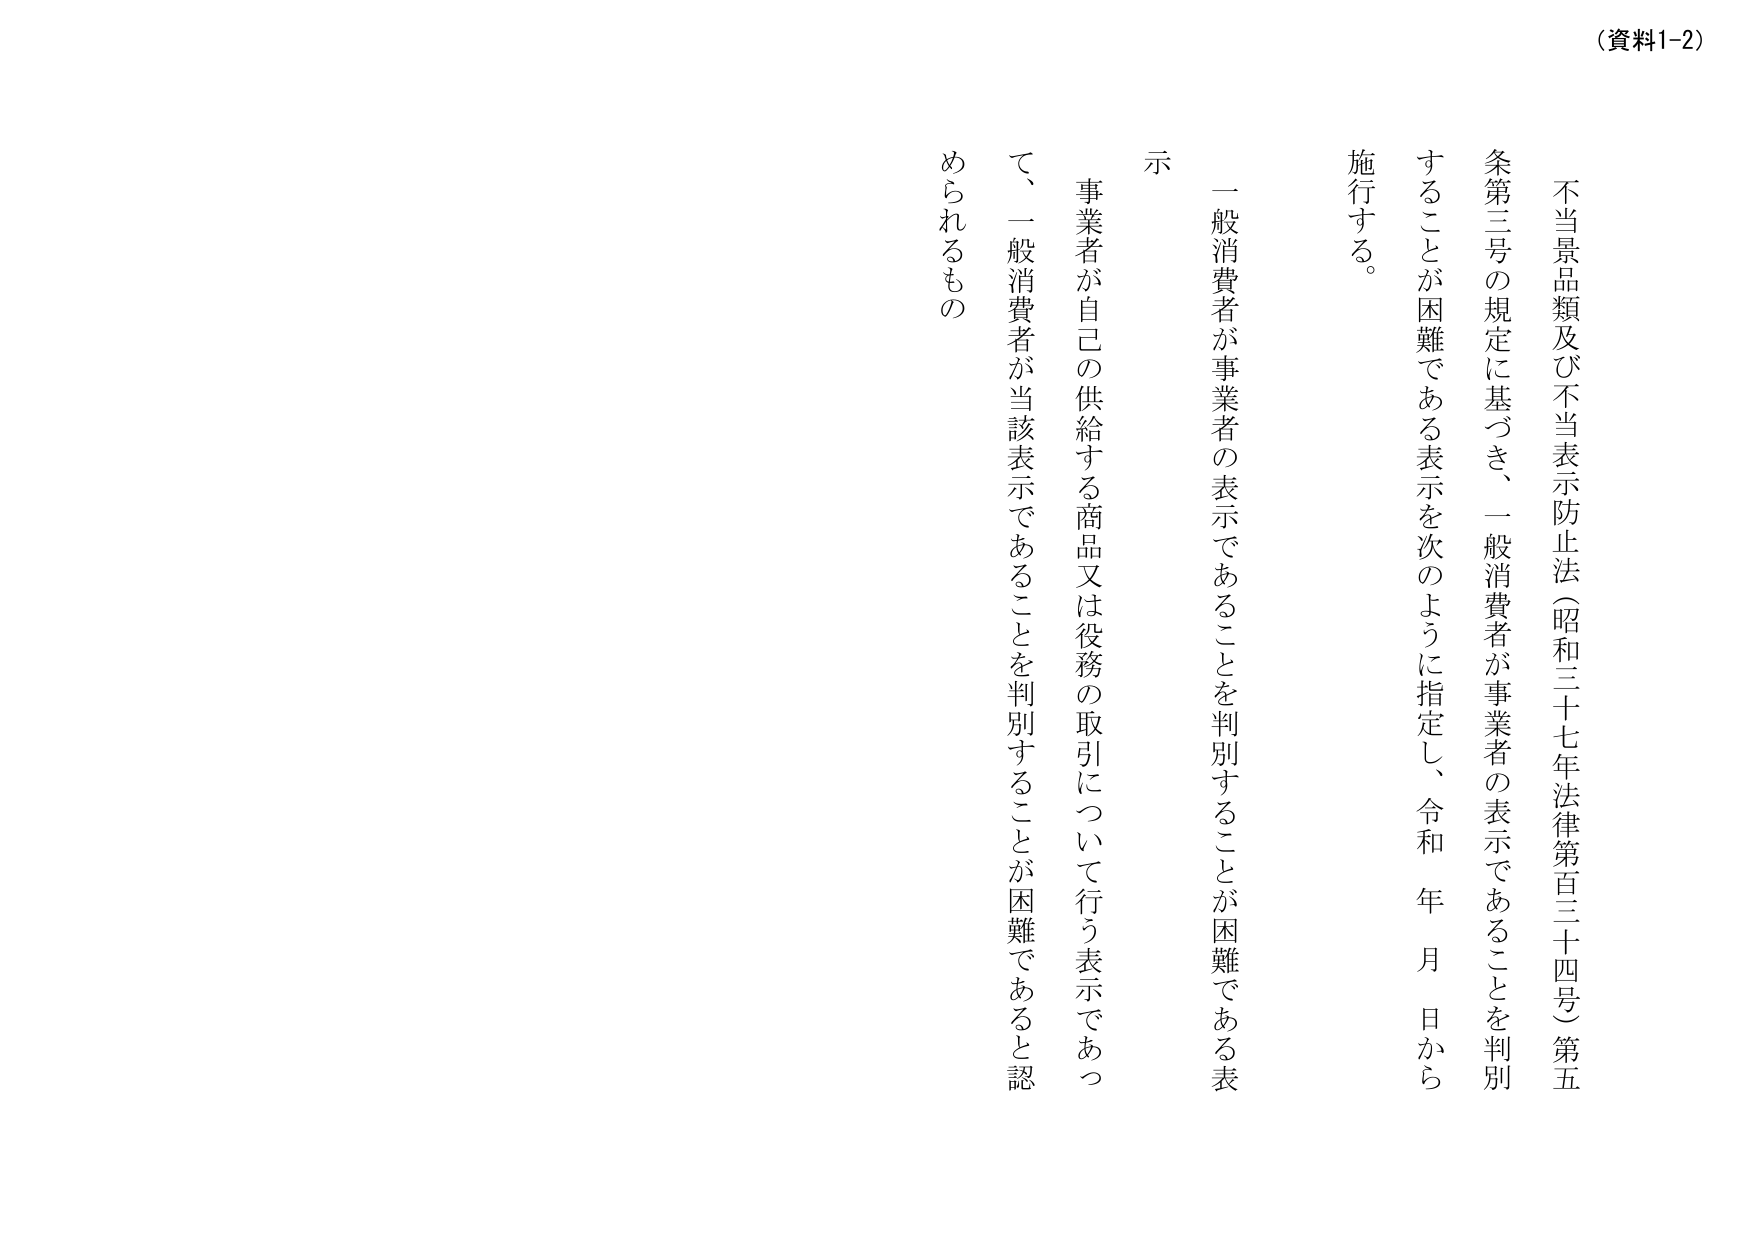
（資料1-2）

不当景品類及び不当表示防止法（昭和三十七年法律第百三十四号）第五条第三号の規定に基づき、一般消費者が事業者の表示であることを判別することが困難である表示を次のように指定し、令和　年　月　日から施行する。

一般消費者が事業者の表示であることを判別することが困難である表示

事業者が自己の供給する商品又は役務の取引について行う表示であって、一般消費者が当該表示であることを判別することが困難であると認められるもの